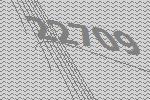
22709